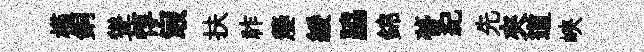
槿銅聳惇㝡扶祚嫠綏脇錦瞢紀先夾道峽